Indian Medical Review
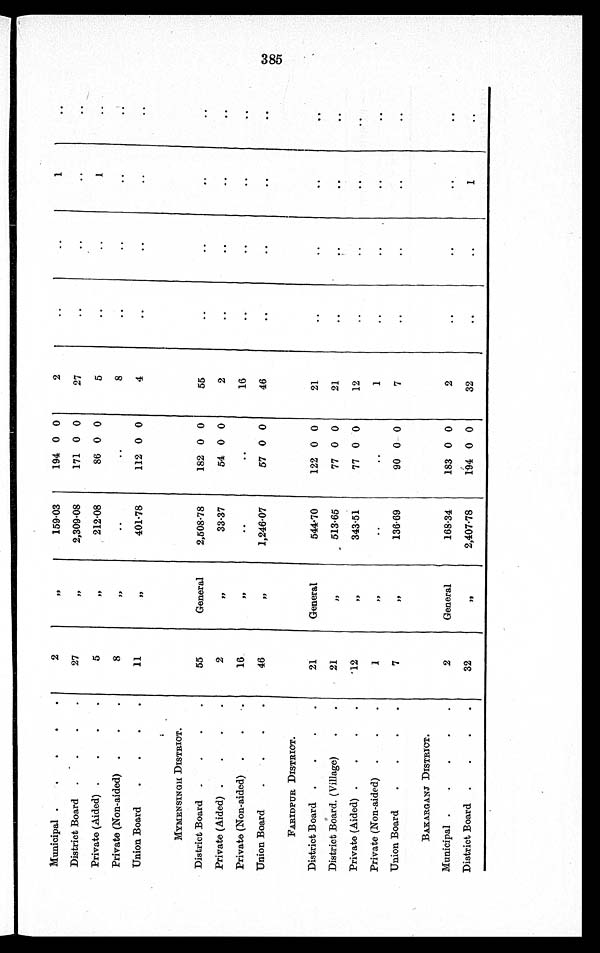
Municipal
2
P9
159·03
194 0 0
2
. .
..
1
..
District Board
27
,,
2,309·08
171 0 0
27
..
. .
..
Private (Aided)
5
,,
212·08
86 0 0
5
..
..
1
..
Private (Non-aided)
8
,,
. .
..
8
..
..
..
..
Union Board
11
,,
401·78
112 0 0
4
..
. . .
. .
. .
MYMENSINGH DISTRICT.
District Board
55
General
2,508·78
182 0 0
55
..
..
. .
..
Private (Aided)
2
,,
33·37
54 0 0
2
..
..
..
..
Private (Non-aided)
16
,,
..
..
16
..
..
Oe
..
Union Board
46
,,
1,246·07
57 0 0
46
..
..
..
..
FARIDPUR DISTRICT.
District Board
21
General
544·70
122 0 0
21
..
..
. .
. .
District Board. (Village)
21
,,
513·65
77 0 0
21
..
. .
. .
. .
Private (Aided)
12
,,
343·51
77 0 0
12
. .
..
..
..
Private (Non-aided)
1
,,
. .
..
1
. .
. .
. .
..
Union Board
7
„
136·69
90 0 0
7
..
..
. .
. .
BAKARGANJ DISTRICT.
Municipal
2
General
168·34
183 0 0
2
..
..
. .
..
District Board
32
,,
2,407·78
194 0 0
32
..
..
1
..